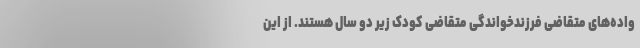
واده‌های متقاضی فرزندخواندگی متقاضی کودک زیر دو سال هستند. از این